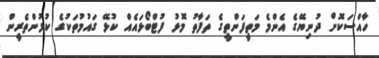
ހާއްސަކޮށް ދުނިޔޭގެ އެންމެ މަތީފަންތީގެ ތަފާތު މޮޅު ފުޓްބޯޅައެއް ކުޅޭ ގައުމުތަކުގެ ކުޅުންތެރީން